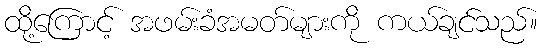
ထို့ကြောင့် အဖမ်းခံအမတ်များကို ကယ်ချင်သည်။